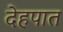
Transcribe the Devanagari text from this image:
देहपात